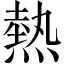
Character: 熱